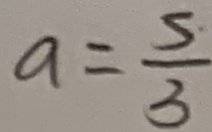
a = \frac { 5 } { 3 }